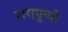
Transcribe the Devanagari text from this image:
रागपुष्पी